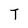
Character: T